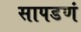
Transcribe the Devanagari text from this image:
सापडणं